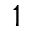
1